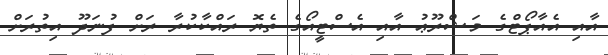
އާއި އެއާޕޯޓްގެ މަޝްރޫޢު އާއި އެސްޓީއޯގެ ތެޔޮ ރައްކާކުރާ ރަށް ފުނަދޫ އިތުރަށް